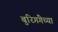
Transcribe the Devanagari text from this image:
बुरिगंगेच्या